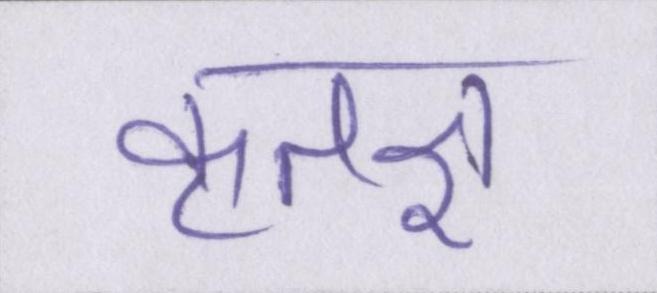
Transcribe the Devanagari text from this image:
कृतज्ञ